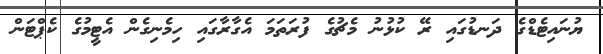
ޔުނައިޓެޑްގެ ދަނޑުގައި ރޭ ކުޅުނު މެޗުގެ ފުރަތަމަ އެގާރާގައި ހިމެނިގެން އެޓީމުގެ ކެޕްޓަން